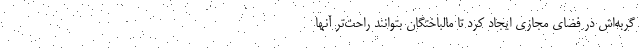
گربه‌اش در فضای مجازی ایجاد کرد تا مالباختگان بتوانند راحت‌تر آنها